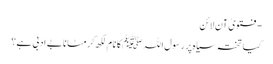
- فتویٰ آن لائن
کیا تختہ سیاہ پر رسول اللہ ﷺکا نام لکھ کر مٹانا بے ادبی ہے؟